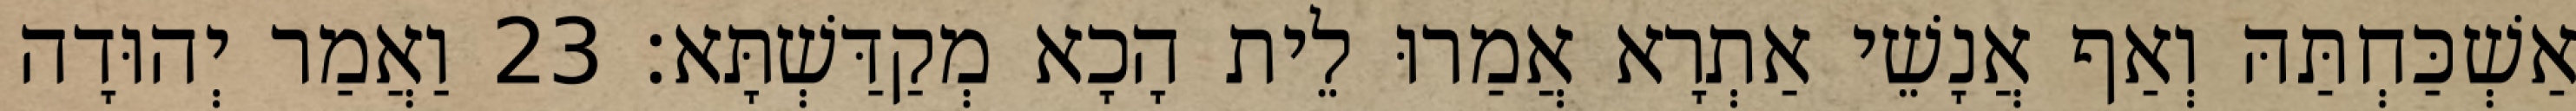
אַשְׁכַּחְתַּהּ וְאַף אֲנָשֵׁי אַתְרָא אֲמַרוּ לֵית הָכָא מְקַדַּשְׁתָּא׃ 23 וַאֲמַר יְהוּדָה